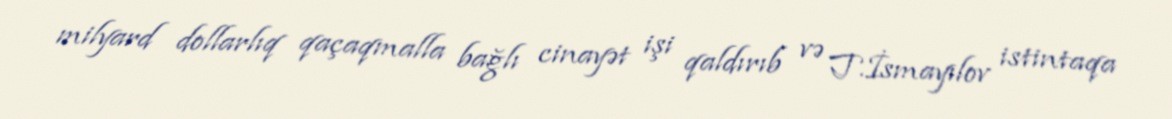
milyard dollarlıq qaçaqmalla bağlı cinayət işi qaldırıb və T.İsmayılov istintaqa